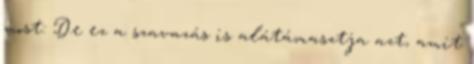
most: De ez a szavazás is alátámasztja azt, amit